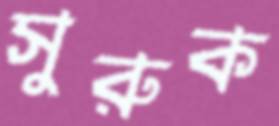
সুরুক